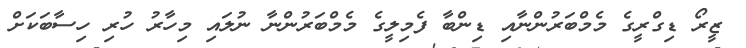
ޒީރޯ ޑިގްރީގެ މެމްބަރުންނާއި ޑިންބާ ފެމިލީގެ މެމްބަރުންނާ ނުލައި މިހާރު ހުރި ހިސާބަކަށް